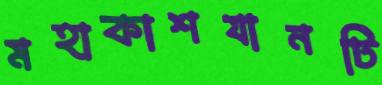
মহাকাশযানটি